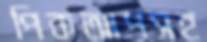
পিকআপসহ